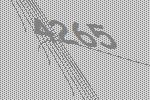
4265